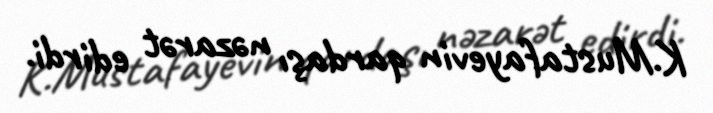
K.Mustafayevin qardaşı nəzarət edirdi.